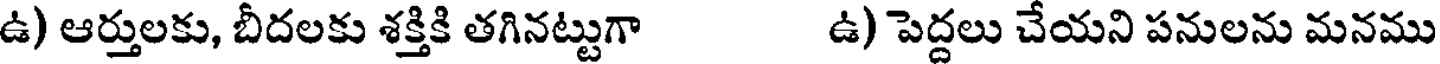
ఉ) ఆర్తులకు, బీదలకు శక్తికి తగినట్టుగా ఉ) పెద్దలు చేయని పనులను మనము